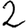
Digit: 2